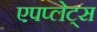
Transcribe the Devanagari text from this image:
एपप्लेट्स